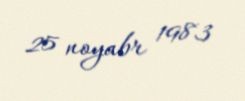
25 noyabr 1983